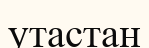
утастан